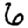
Digit: 6